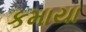
કમાયા